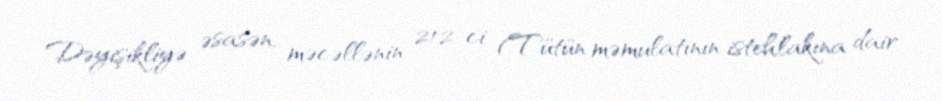
Dəyişikliyə əsasən, məcəllənin 212-ci (Tütün məmulatının istehlakına dair